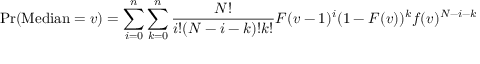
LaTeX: \operatorname* { P r } ( \operatorname { M e d i a n } = v ) = \sum _ { i = 0 } ^ { n } \sum _ { k = 0 } ^ { n } { \frac { N ! } { i ! ( N - i - k ) ! k ! } } F ( v - 1 ) ^ { i } ( 1 - F ( v ) ) ^ { k } f ( v ) ^ { N - i - k }